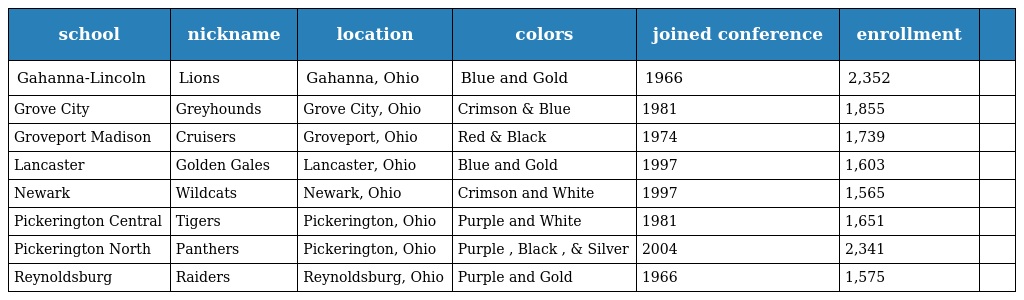
| school | nickname | location | colors | joined conference | enrollment |  |
 | --- | --- | --- | --- | --- | --- | --- |
 | Gahanna-Lincoln | Lions | Gahanna, Ohio | Blue and Gold | 1966 | 2,352 |  |
 | Grove City | Greyhounds | Grove City, Ohio | Crimson & Blue | 1981 | 1,855 |  |
 | Groveport Madison | Cruisers | Groveport, Ohio | Red & Black | 1974 | 1,739 |  |
 | Lancaster | Golden Gales | Lancaster, Ohio | Blue and Gold | 1997 | 1,603 |  |
 | Newark | Wildcats | Newark, Ohio | Crimson and White | 1997 | 1,565 |  |
 | Pickerington Central | Tigers | Pickerington, Ohio | Purple and White | 1981 | 1,651 |  |
 | Pickerington North | Panthers | Pickerington, Ohio | Purple , Black , & Silver | 2004 | 2,341 |  |
 | Reynoldsburg | Raiders | Reynoldsburg, Ohio | Purple and Gold | 1966 | 1,575 |  |